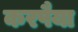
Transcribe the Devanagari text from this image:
करपैया